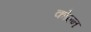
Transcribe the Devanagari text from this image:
कोल्न